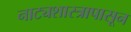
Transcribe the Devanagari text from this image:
नाट्यशास्त्रापासून